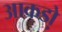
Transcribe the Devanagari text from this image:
आकडो़